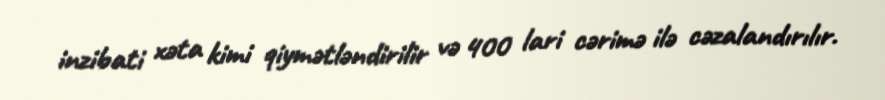
inzibati xəta kimi qiymətləndirilir və 400 lari cərimə ilə cəzalandırılır.